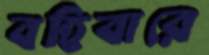
বহিবারে